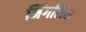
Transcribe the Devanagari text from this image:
मिंगलिक